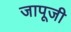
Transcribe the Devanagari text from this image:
जापूजी